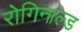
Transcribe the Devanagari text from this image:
रोगिनाल्ड